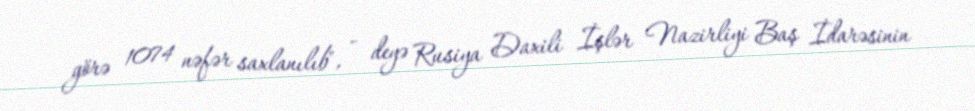
görə 1074 nəfər saxlanılıb", - deyə Rusiya Daxili İşlər Nazirliyi Baş İdarəsinin